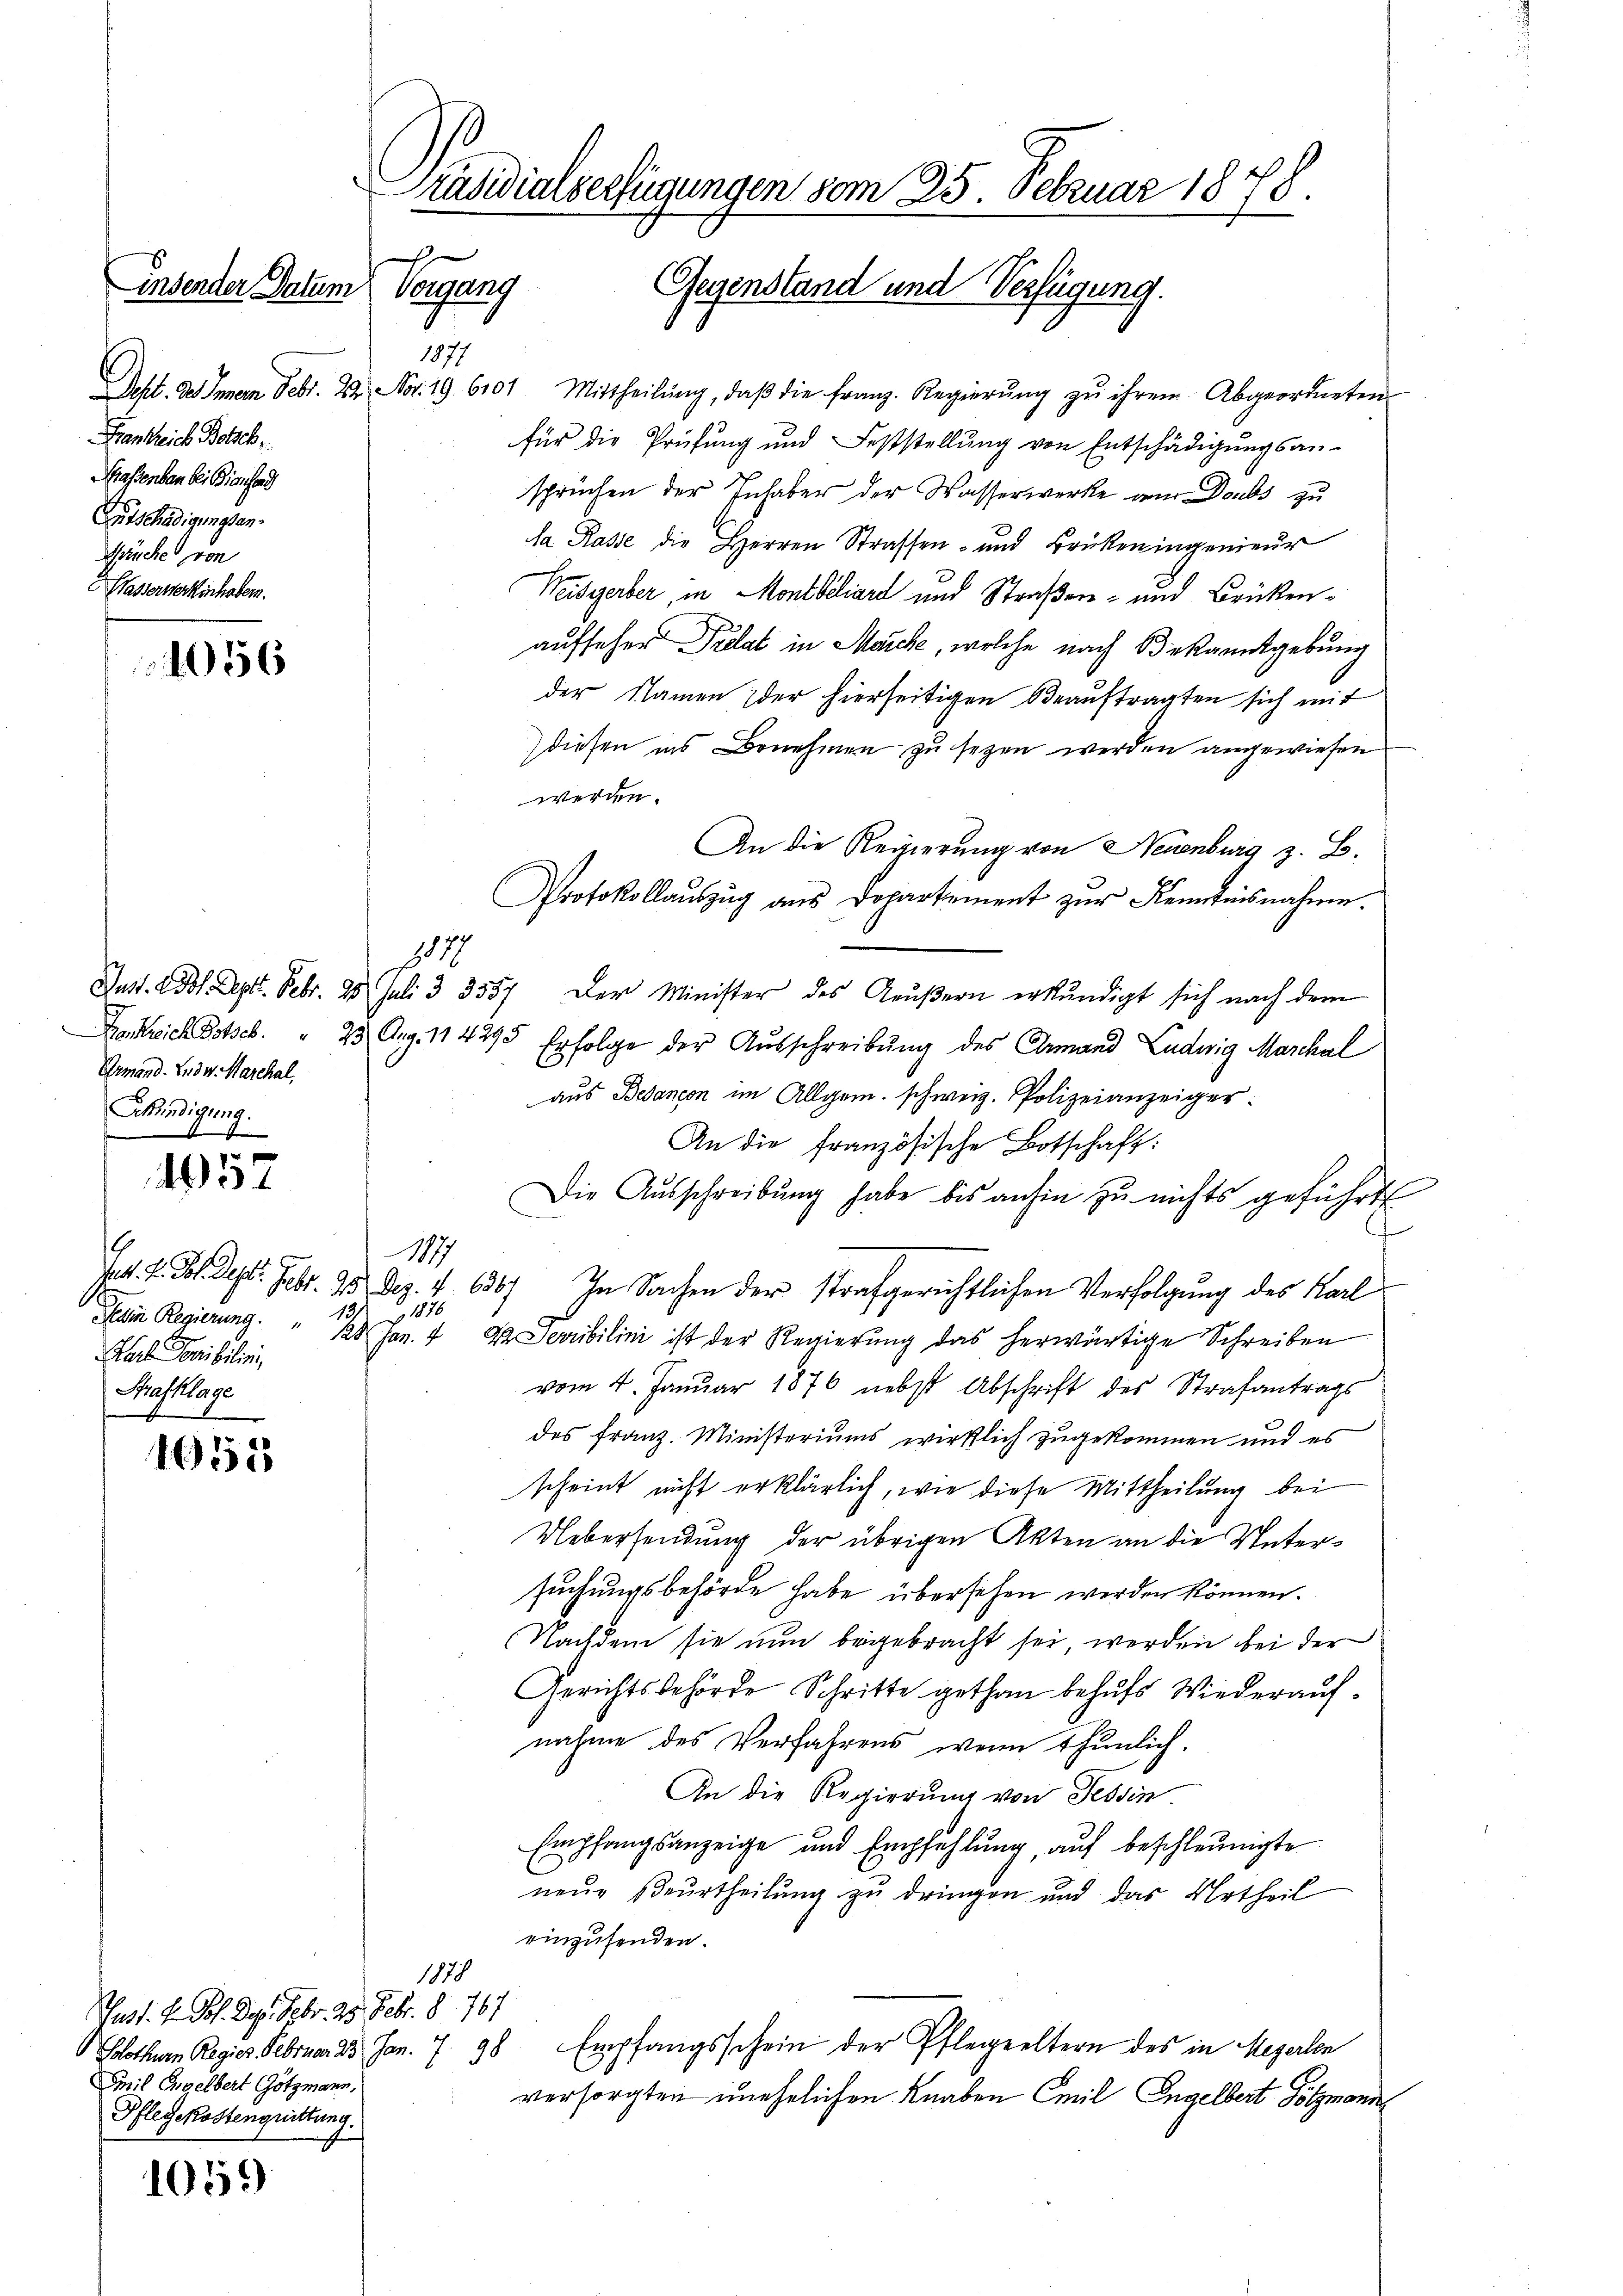
insender Datum Vorgang
1877
Frankreich Bolsch
rassenden bei Biansond
Entschädigungsan
Mräuche von
Wasserwerkinhaben.

056

4957

1651

1059

117
Ermand. Ludw. Marchal,
Sekündigung.
.

Pat. H. Jos. Sept.
Karl Povibilisi
Strafklage

Just. Hr. Joh. Dez. Febr. 23. Febr. 8. 767
Smil Ergelbert Götzmann,
Pflegekostenguittung.

Präsidialverfügungen vom 25. Februar 1878.
Gegenstand und Verfügung.

Dept. des Innern. Febr. 24. Nov. 19. 6101. Mittheilŭng, daβ die franz. Regierŭng zŭ ihrem Abgeordneten
für die Prüfŭng und Feststellŭng von Entschädigŭngsan-
sprüchen der Inhaber der Wasserwerke vom Doubs zu
Sa Rasse die Herren Strassen- und Brükeningenieur
Weisgerber, in Montbiliard und Straßen- und Brükenaufseher Puelat in Marche, welche nach Bekanntgebung
der Namen der hierseitigen Beauftragten sich mit
diesen ins Benehmen zu sezen werden angewiesen
werden.
An die Regierung von Neuenburg z. B.
Protokollauszug aus Dopartement zur Kenntnisnahme.
Just. 2. Joh. Sept. Febr. 28. Juli 3 3557. Der Minister des Geŭβern erkundigt sich nach dem
Dastreich Botscb. " 23 Aug. 114293 Erfolge der Ausschreibung des Ermand Ludwig Marckhal
aus Bedancon im Allgem. schweiz. Polizeianzeiger
An die französische Botschaft:
Die Ausschreibung habe bis anhin zu nichts geführt
187
2. Febr. 20 Dez. 1. 6387
In Sachen der strafgerichtlichen Verfolgung des Karl
1816
Dein Regierung. " 120 Jan. 4 v. Sevibilini ist der Regierŭng das herwärtige Schreiben
vom 4. Januar 1876 nebst Abschrift des Strafantrags
des Franz. Ministeriums wirklich zugekommen und es
scheint nicht erklärlich, wie diese Mittheilung bei
Uebersendung der übrigen Akten an die Untersuchungsbehörde habe übersehen werden können.
Nachdem sie nun beigebracht sei, werden bei der
Gerichtsbehörde Schritte gethan behufs Wiederaufnahme des Verfahrens, wenn thunlich.
An die Regierung von Fessen.
Empfangsanzeige und Empfehlung, auf beschleunigte
neue Beurtheilung zu dringen und das Urtheil
einzusenden.
1878
Solothurn Regies Februar 23 Jan. 7. 98 Empfangsschein der Pflegeeltern des in Megerten
versorgten unehelichen Knaben Emil Engelbert Gölzmann